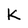
Character: K